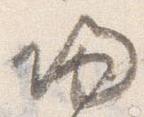
帰